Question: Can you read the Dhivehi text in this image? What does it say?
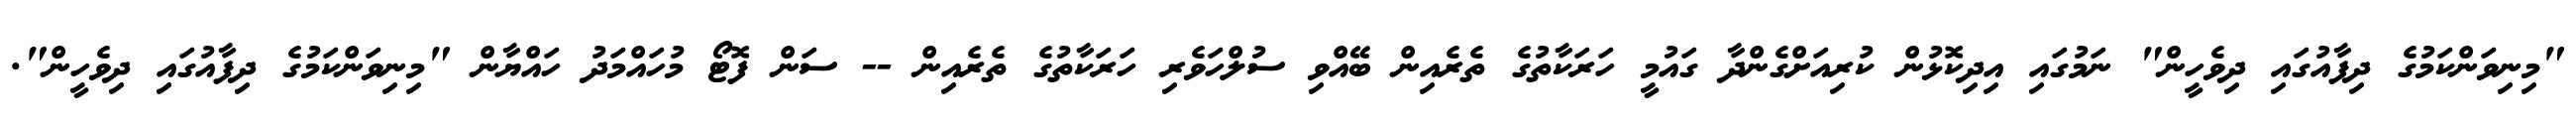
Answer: "މިނިވަންކަމުގެ ދިފާއުގައި ދިވެހީން" ނަމުގައި އިދިކޮޅުން ކުރިއަށްގެންދާ ގައުމީ ހަރަކާތުގެ ތެރެއިން ބޭއްވި ސުލްހަވެރި ހަރަކާތުގެ ތެރެއިން -- ސަން ފޮޓޯ މުހައްމަދު ހައްޔާން "މިނިވަންކަމުގެ ދިފާއުގައި ދިވެހީން".